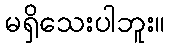
မရှိသေးပါဘူး။